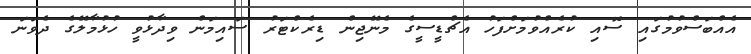
އެއްބަސްވުމުގައި ސޮއި ކުރެއްވުމަށްފަހު އެޗްޑީސީގެ މެނޭޖިން ޑިރެކްޓަރު ސައިމަން ވިދާޅުވީ ހުޅުމާލޭގެ ދެވަނަ